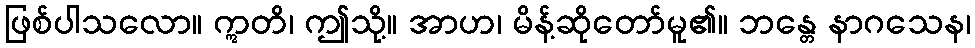
ဖြစ်ပါသလော။ ဣတိ၊ ဤသို့။ အာဟ၊ မိန့်ဆိုတော်မူ၏။ ဘန္တေ နာဂသေန၊